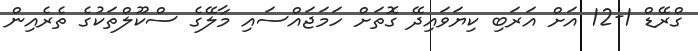
ގްރޭޑް 1-12 އަށް އަރަބި ކިޔަވައިދޭ ގޮތަށް ހަމަޖައްސައި މާލޭގެ ސްކޫލްތަކުގެ ތެރެއިން